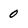
Character: 0